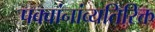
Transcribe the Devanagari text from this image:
पक्वांनांव्यतिरिक्त